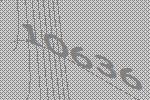
10636